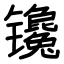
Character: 镵